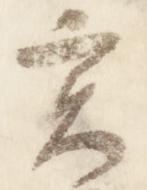
実